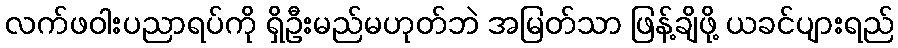
လက်ဖဝါးပညာရပ်ကို ရှိဦးမည်မဟုတ်ဘဲ အမြတ်သာ ဖြန့်ချိဖို့ ယခင်ပျားရည်